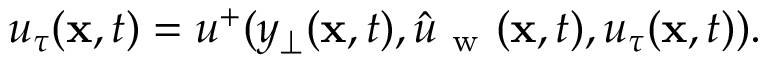
u _ { \tau } ( \mathbf { x } , t ) = u ^ { + } ( y _ { \perp } ( \mathbf { x } , t ) , \hat { u } _ { \mathrm { ~ w ~ } } ( \mathbf { x } , t ) , u _ { \tau } ( \mathbf { x } , t ) ) .